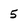
Character: 5